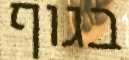
בגוף